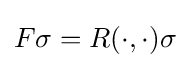
F\sigma =R(\cdot ,\cdot )\sigma